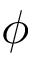
\phi